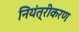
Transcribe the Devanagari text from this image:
नियंत्रीकरण